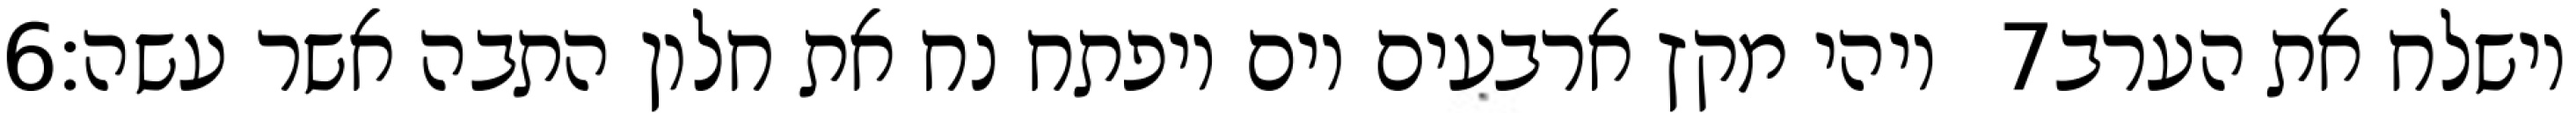
‎6‏ ויהי מקץ ארבעים יום ויפתח נח את חלון התבה אשר עשה׃ ‎7‏ וישלח את הערב